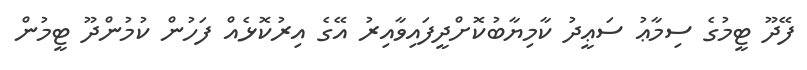
ފޭދޫ ޓީމުގެ ސިމާޢު ސަޢީދު ކާމިޔާބުކޮށްދީފައިވާއިރު އޭގެ އިރުކޮޅެއް ފަހުން ކުމުންދޫ ޓީމުން